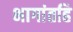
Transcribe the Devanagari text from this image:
भागांतहि